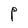
Character: P